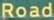
Road